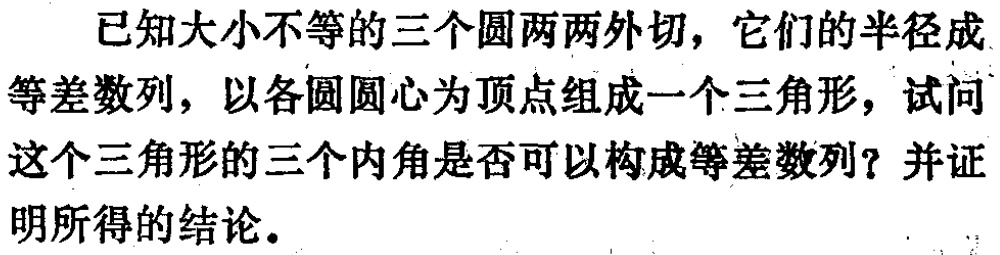
已知大小不等的三个圆两两外切，它们的半径成等差数列，以各圆圆心为顶点组成一个三角形，试问这个三角形的三个内角是否可以构成等差数列？并证明所得的结论。